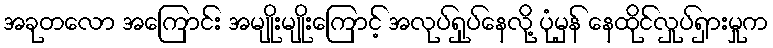
အခုတလော အကြောင်း အမျိုးမျိုးကြောင့် အလုပ်ရှုပ်နေလို့ ပုံမှန် နေထိုင်လှုပ်ရှားမှုက